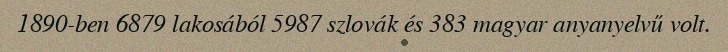
1890-ben 6879 lakosából 5987 szlovák és 383 magyar anyanyelvű volt.